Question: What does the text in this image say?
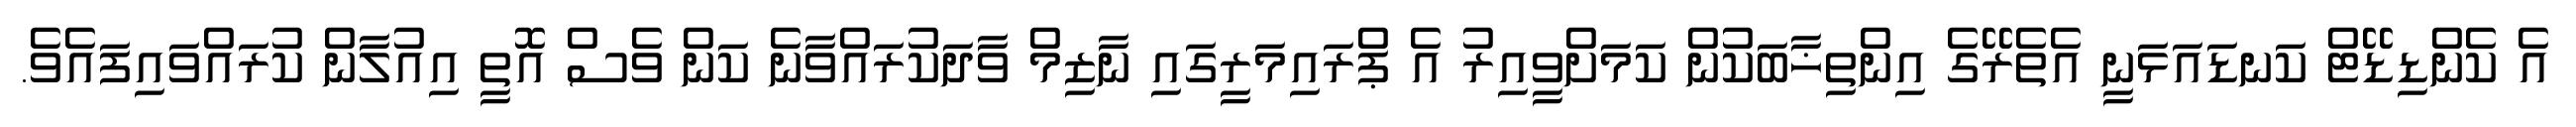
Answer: އެ ކެންޑިޑޭޓް ކަނޑައަޅަނީ އެތެރޭގެ އިންތިޚާބަކުން ކަމަށްވީއިރު އެ ޕްރައިމަރީގައި ނާޒިމް ވާދަކުރައްވާނެ ކަން ވެސް އޮތީ އިއުލާން ކުރައްވައިފައެވެ.